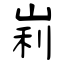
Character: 峲